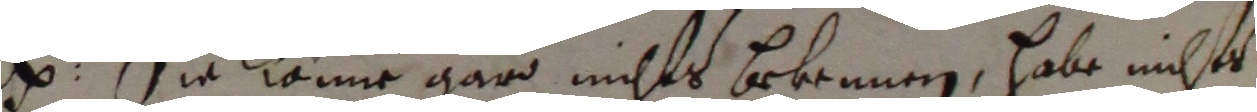
. Sie kame garo nichts bekonnen, habe nichts